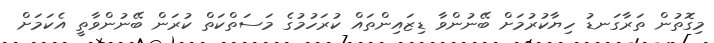
މިގޮތުން ތަރާގަނޑު ހިޔާކުރުމަށް ބޭނުންވާ ޑިޒައިންތައް ކުރަހުމުގެ މަސަތްކަތް ކުރަން ބޭނުންވާތީ އެކަމަށް